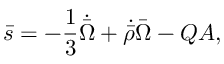
\bar { s } = - \frac { 1 } { 3 } \dot { \bar { \Omega } } + \dot { \bar { \rho } } \bar { \Omega } - Q A ,